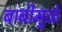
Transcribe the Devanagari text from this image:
बाबीमुळे